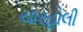
ચારહોલી